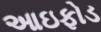
આઇફોડ